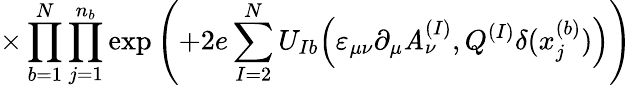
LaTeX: \times\prod_{b=1}^{N}\prod_{j=1}^{n_{b}}\exp\left(+2e\sum_{I=2}^{N}U_{Ib}\Big(\varepsilon_{\mu\nu}\partial_{\mu}\mathit{A}_{\nu}^{(I)},Q^{(I)}\delta(x_{j}^{(b)})\Big)\right)